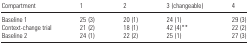
| Compartment | 1 | 2 | 3 (changeable) | 4 |
 | --- | --- | --- | --- | --- |
 | Baseline 1 | 25 (3) | 20 (1) | 24 (1) | 29 (3) |
 | Context-change trial | 21 (2) | 18 (1) | 42 (4)** | 22 (2) |
 | Baseline 2 | 24 (1) | 22 (2) | 25 (1) | 27 (3) |